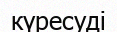
күресуді